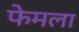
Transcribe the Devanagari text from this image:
फेमला